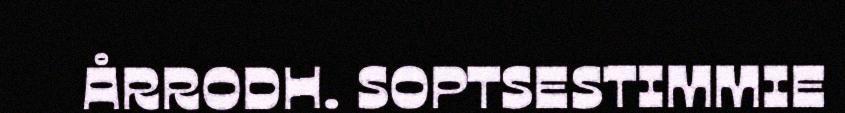
ÅRRODH. SOPTSESTIMMIE